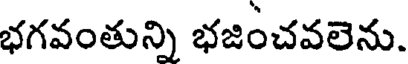
భగవంతున్ని భజించవలెను.